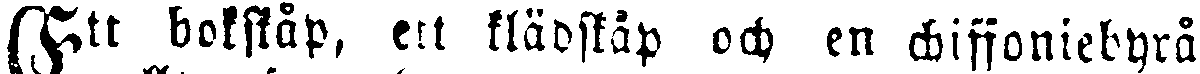
Ett bokskåp, ett klädskåp och en chiffoniebyrå.